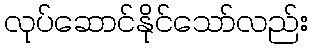
လုပ်ဆောင်နိုင်သော်လည်း